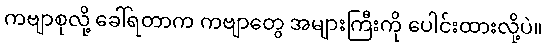
ကဗျာစုလို့ ခေါ်ရတာက ကဗျာတွေ အများကြီးကို ပေါင်းထားလို့ပဲ။